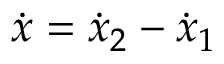
\dot { x } = \dot { x } _ { 2 } - \dot { x } _ { 1 }